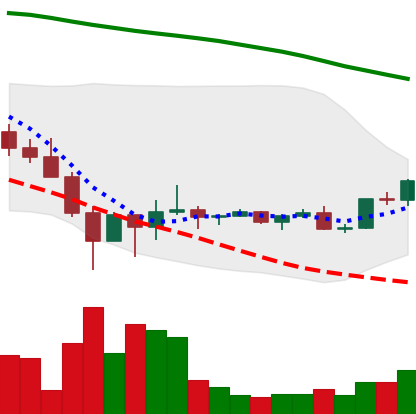
Ticker: DOGE-USD
Chart end date: 2022-02-06
Forward return: -5.803%
Label: down_5_7